Vaccination in Burma 1912-1922 - 1912-1922
Year: 1912
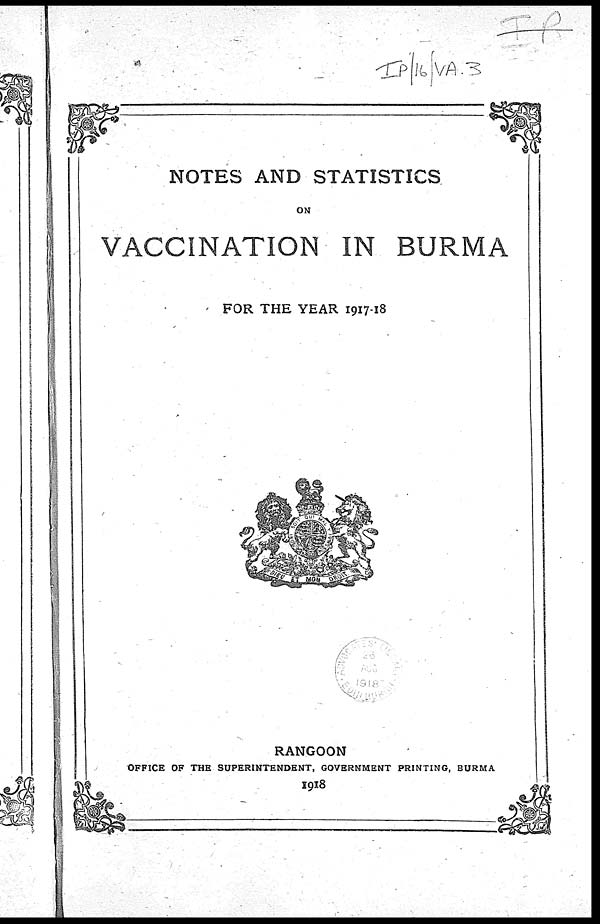
NOTES AND STATISTICS
ON
VACCINATION IN BURMA
FOR THE YEAR 1917-18
RANGOON
OFFICE OF THE SUPERINTENDENT, GOVERNMENT PRINTING, BURMA
1918